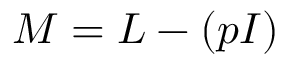
M = L - ( p I )